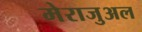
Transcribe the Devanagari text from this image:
मेराजुअल